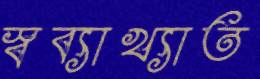
স্বব্যাখ্যাত